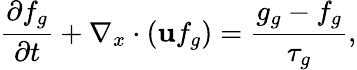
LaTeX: \frac{\partial f_{g}}{\partial t}+\nabla_{x}\cdot\left(\textbf{u}f_{g}\right)=\frac{g_{g}-f_{g}}{\tau_{g}},